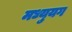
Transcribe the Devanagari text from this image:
मध्युयग